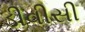
ડીવીસી